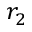
r _ { 2 }